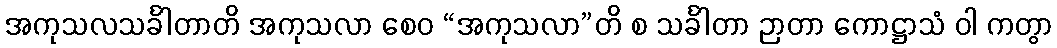
အကုသလသင်္ခါတာတိ အကုသလာ စေဝ “အကုသလာ”တိ စ သင်္ခါတာ ဉာတာ ကောဋ္ဌာသံ ဝါ ကတွာ